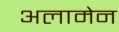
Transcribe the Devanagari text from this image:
अलामेन